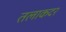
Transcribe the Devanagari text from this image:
तलाकदर